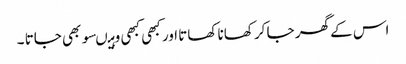
اس کے گھر جا کر کھانا کھاتا اور کبھی کبھی وہیںسو بھی جاتا ۔